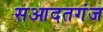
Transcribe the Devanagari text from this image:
सआदतगंज